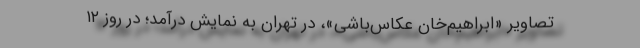
تصاویر «ابراهیم‌خان عکاس‌باشی»، در تهران به نمایش درآمد؛ در روز ۱۲